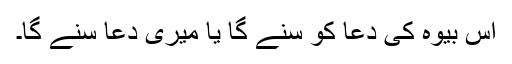
اس بیوہ کی دعا کو سنے گا یا میری دعا سنے گا۔